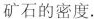
矿石的密度。